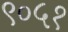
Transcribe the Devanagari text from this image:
९०५१